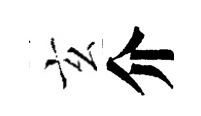
玄介